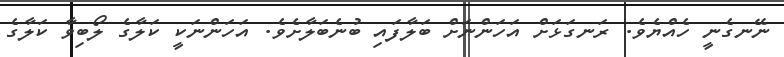
ނޭނގެނީ ހެއްޔެވެ. ރަނގަޅަށް އަހަންނަށް ބަލާފައި ބުނެބަލާށެވެ. އަހަންނަކީ ކަލާގެ ލޯބިވާ ކަލާގެ